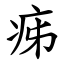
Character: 㾅